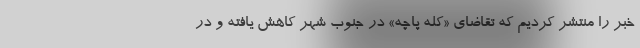
خبر را منتشر کردیم که تقاضای «کله پاچه» در جنوب شهر کاهش یافته و در